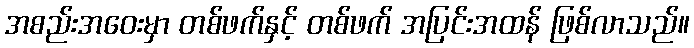
အစည်းအဝေးမှာ တစ်ဖက်နှင့် တစ်ဖက် အပြင်းအထန် ဖြစ်လာသည်။